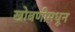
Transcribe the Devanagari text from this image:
खोबणीमधून